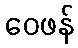
ဝေဖန်